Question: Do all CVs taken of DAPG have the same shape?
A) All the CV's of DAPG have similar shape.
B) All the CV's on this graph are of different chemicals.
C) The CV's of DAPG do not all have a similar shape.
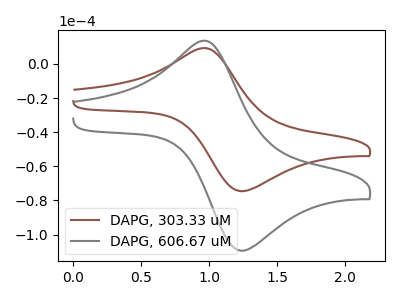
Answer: <think>The brown curve "DAPG, 303.33 uM" has an anodic peak at (0.95V, 9.25uA) and a cathodic peak at (1.25V, -74.60uA). The gray curve "DAPG, 606.67 uM" has an anodic peak at (0.95V, 13.60uA) and a cathodic peak at (1.25V, -109.55uA).
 All the peaks in "DAPG, 303.33 uM" have a peak in "DAPG, 606.67 uM" at the same potential. Every peak in "DAPG, 303.33 uM" is lower than every peak in "DAPG, 606.67 uM".</think>
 <answer>A) All the CV's of "DAPG" have similar shape.</answer>
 <eval>A</eval>